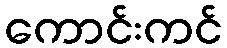
ကောင်းကင်